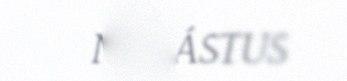
NUBÁSTUS